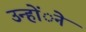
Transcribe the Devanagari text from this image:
उन्होंेने